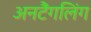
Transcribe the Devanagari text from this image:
अनटैंगलिंग